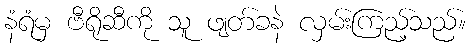
နံရံမှ ဗီရိုဆီကို သူ ဖျတ်ခနဲ လှမ်းကြည့်သည်။